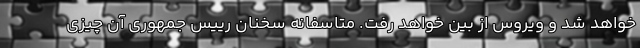
خواهد شد و ویروس از بین خواهد رفت. متاسفانه سخنان رییس جمهوری آن چیزی